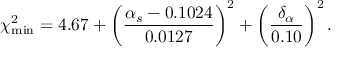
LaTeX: \chi _ { \mathrm { m i n } } ^ { 2 } = 4 . 6 7 + \biggl ( \frac { \alpha _ { s } - 0 . 1 0 2 4 } { 0 . 0 1 2 7 } \biggr ) ^ { 2 } + \biggl ( \frac { \delta _ { \alpha } } { 0 . 1 0 } \biggr ) ^ { 2 } \, .